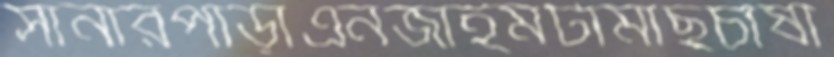
সানারপাড়াএনজাইমটামাছচাষী